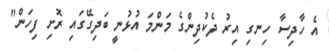
އެ ހާދިސާ ހިނގި އިރު ދެކުދިންގެ މަންމަ އުޅުނީ ބަދިގޭގައި ރޮށި ފިހަން"